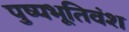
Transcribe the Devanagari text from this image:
पुष्पभूतिवंश